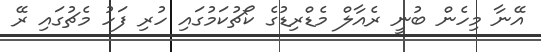
އޭނާ މިހެން ބުނީ ރެއާލް މެޑްރިޑުގެ ކޯޗުކަމުގައި ހުރި ފަހު މެޗުގައި ރޭ